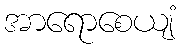
အာရောစေယျံ